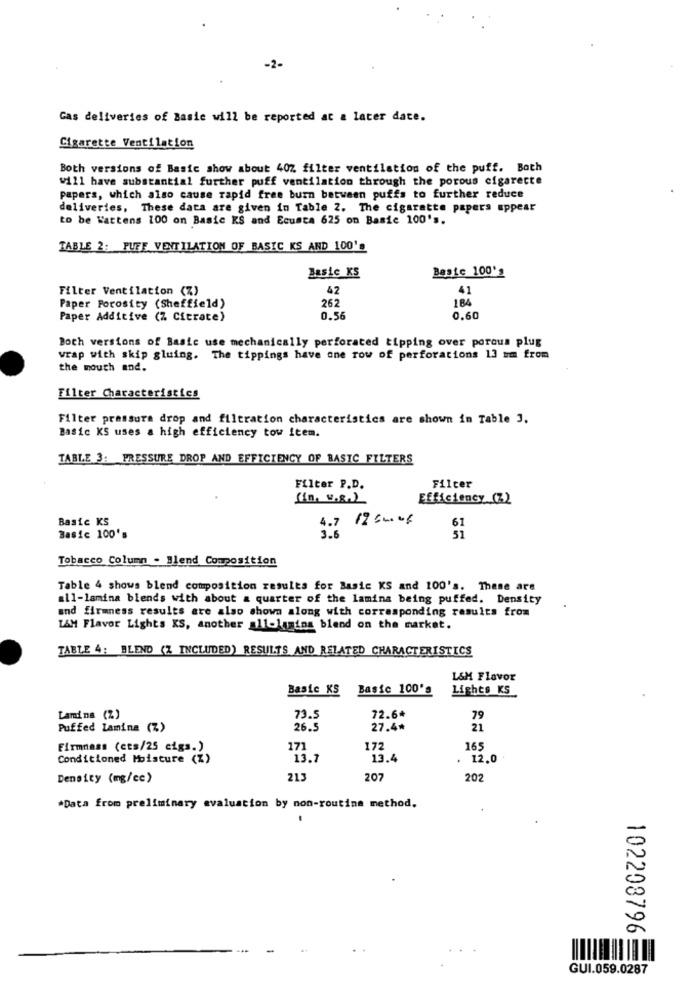
-2-
Gas deliveries of Basic will be reported at a later date.
Cigarette Ventilation
Both versions of Basic show about 40% filter ventilation of the puff. Both
will have substantial further puff ventilation through the porous cigarette
papers, which also cause rapid frae burn between puffs to further reduce
deliveries, These data are given in Table 2. The cigarette papers appear
to be Wattens 100 on Basic KS and Ecusta 625 on Basic 100's.
TABLE 2: PUFF VENTILATION OF BASIC KS AND 100's
Basic KS
Basic 100's
Filter Ventilation (Z)
42
41
184
Paper Porosity (Sheffield)
262
Paper Additive (% Citrate)
0.56
0.60
Both versions of Basic use mechanically perforated tipping over porous plug
wrap with skip gluing. The tippings have one row of perforations 13 um from
the mouth and.
Filter Characteristics
Filter pressure drop and filtration characteristics are shown in Table 3.
Basic KS uses a high efficiency tow item.
TABLE 3: PRESSURE DROP AND EFFICIENCY OF BASIC FILTERS
Filter P.D.
Filter
Efficiency (Z)
Basic KS
4.7
61
Basic 100's
3.6
Tobacco Column . Blend Composition
Table 4 shows blend composition results for Basic KS and 100's. These are
all-lamina blends with about a quarter of the lamina being puffed. Density
and firmness results are also shows along with corresponding results from
L&M Flavor Lights KS, another al1-lamina blend on the market.
TABLE 4: BLEND (Z INCLUDED) RESULTS AND RELATED CHARACTERISTICS
L&M Flavor
Basic KS Basic 100's
Lights KS
Lami na (%)
73.5
72.6*
79
Puffed Lamina (Z)
26.5
27.4*
21
Firmness (cts/25 cigs.)
171
172
165
Conditioned Moisture (%)
13.7
13.4
. 12.0
Density (mg/cc)
213
207
202
*Data from preliminary evaluation by non-routine method.
102208796
GUI.059.0287